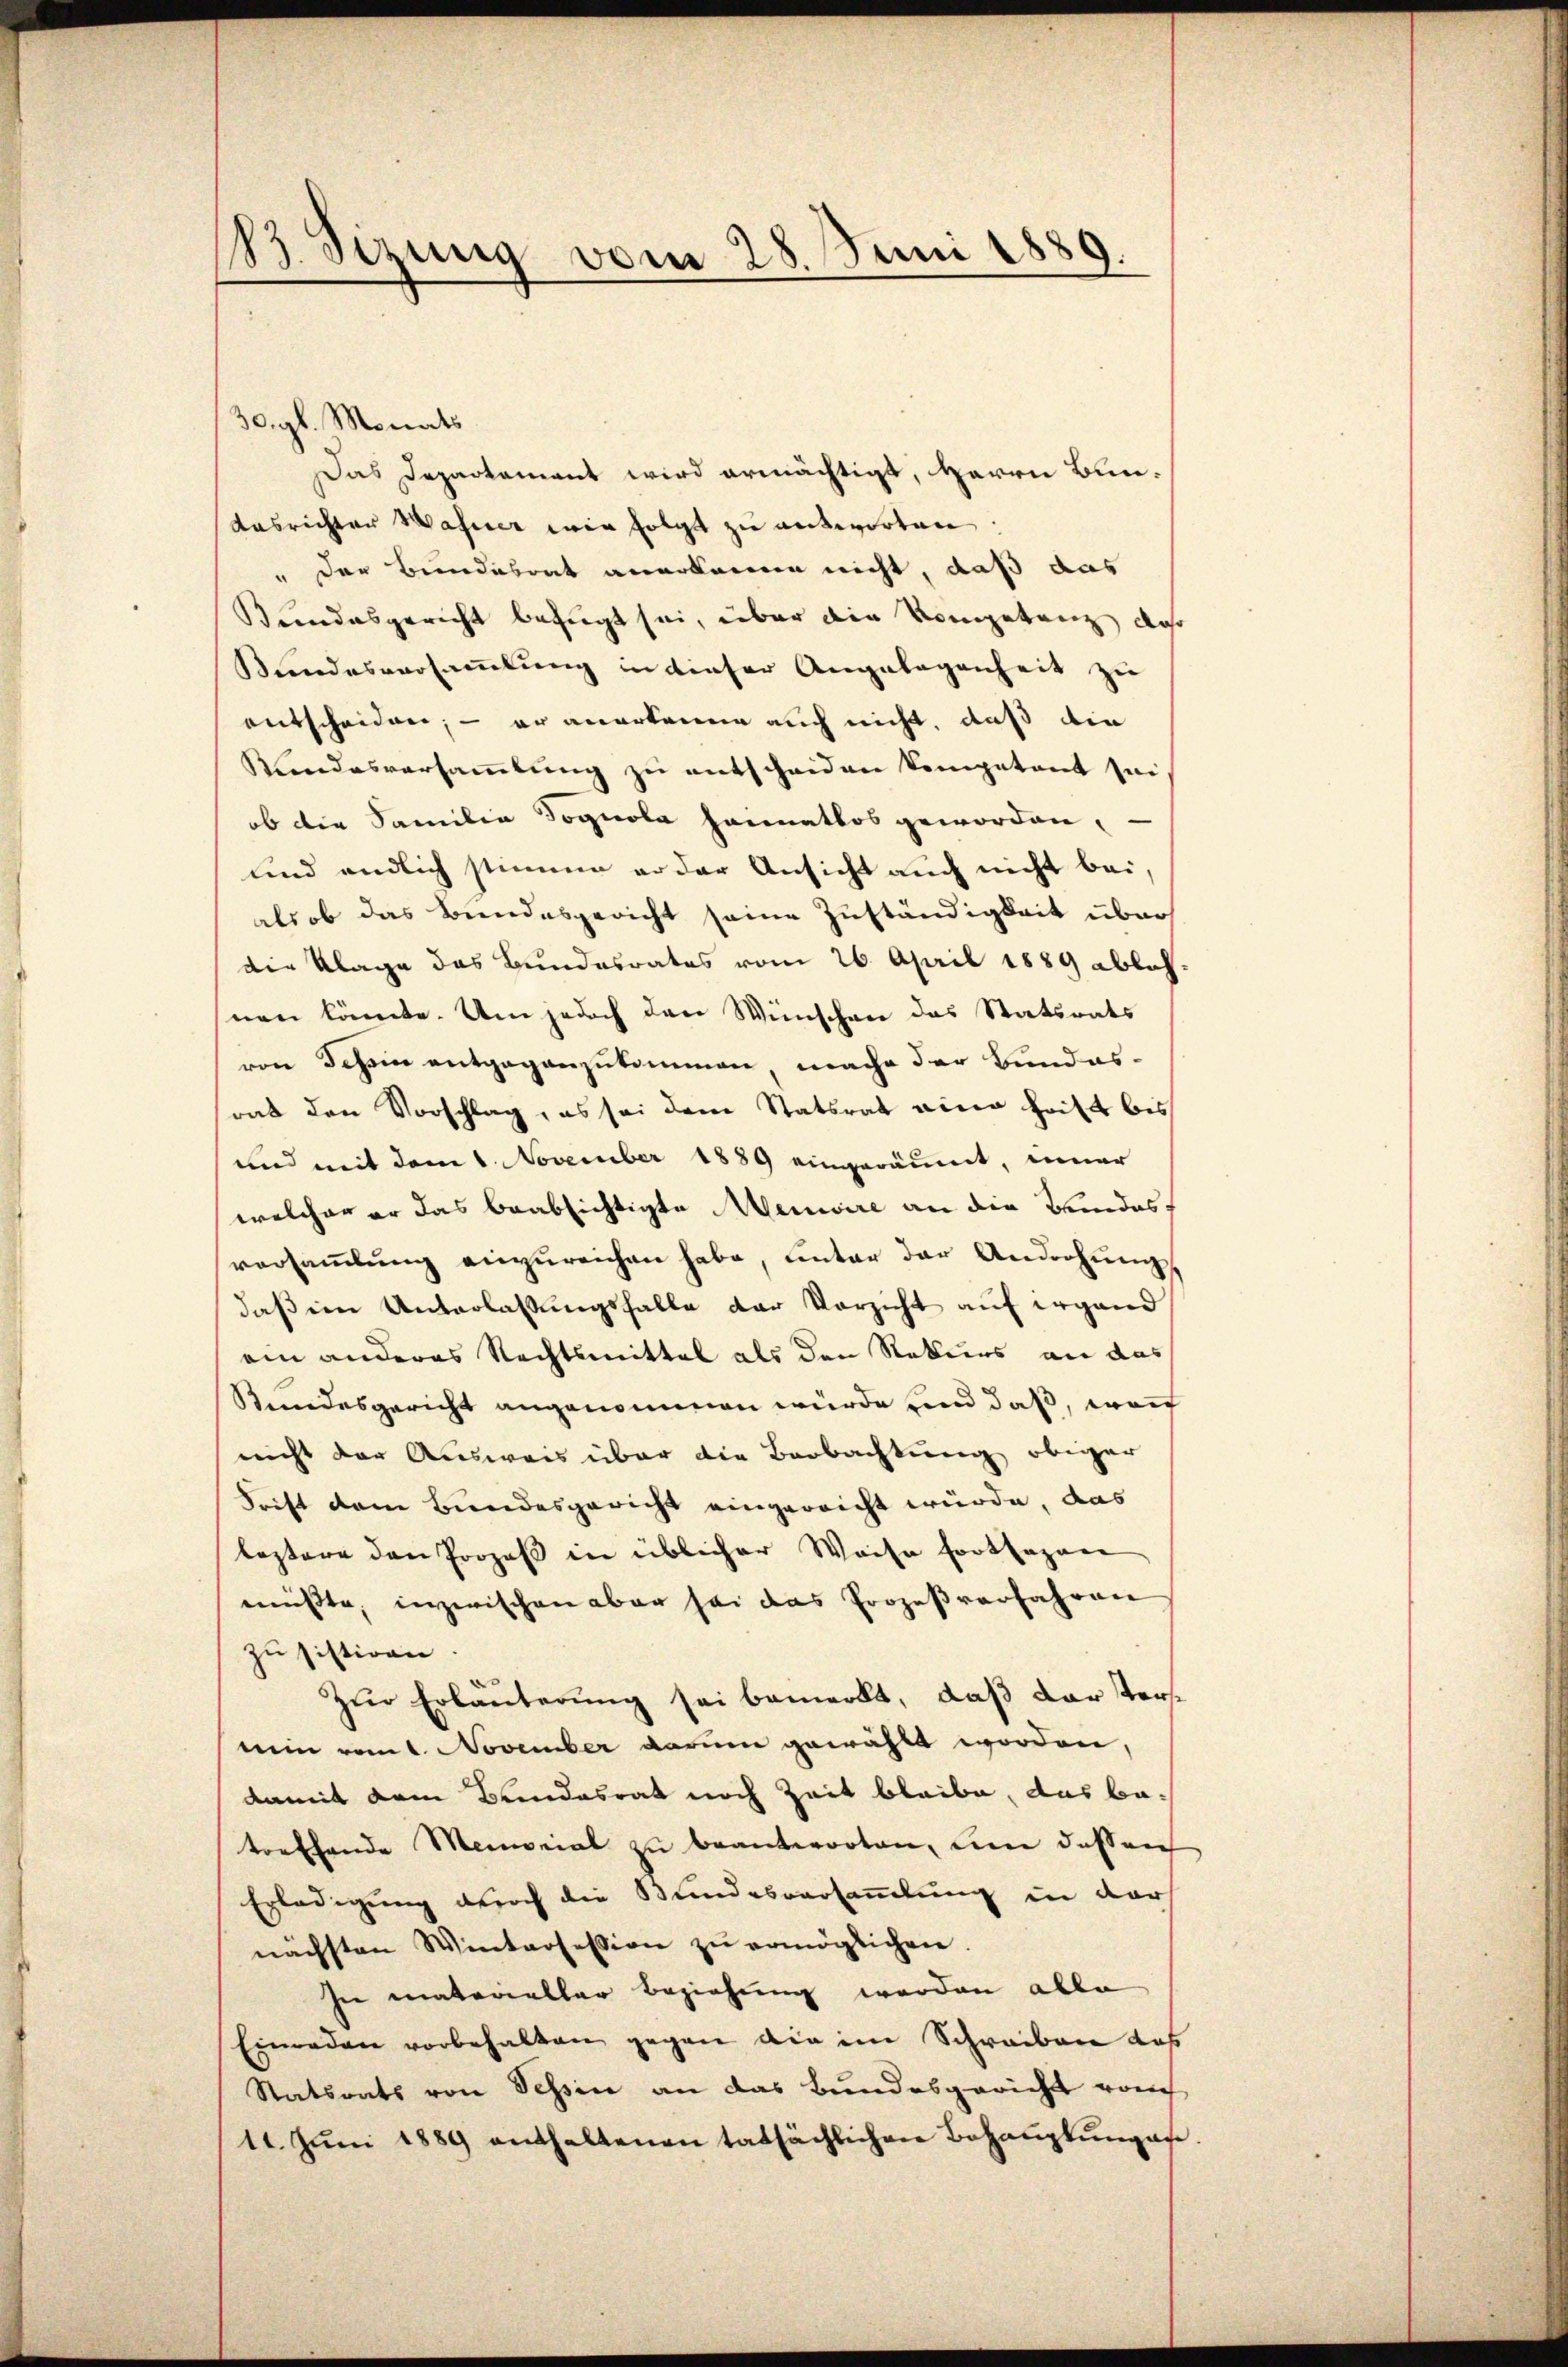
13. Sizung vom 28. Juni 1889.

30. gl. Monats
Das Departament wird ermächtigt, Herrn Bun¬
Ausrichter Wasner wie folgt zu antworten.
" der Bundesrat anerkanne nicht, daß das
Bundesgericht befugt sei, über die Kompetanz, daß
Bundesversammlung in dieser Angelegenheit zu
entscheiden; – er anerkenne auch nicht, daß die
Kundesversammlung zu entscheiden kompetent sei
ob die Familie Sognola heimatlos geworden,
und endlich stimme er der Ansicht auch nicht bei,
als ob das Bundesgericht seine Zuständigkeit über
die Klage das Bundesrates vom 26. April 1889 ablehnen könnte. Um jedoch den Wünschen das Statsrats
von Schein entgegenzukommen mache der Bundes-
rat den Vorschlag, es sei dem Statsrat eine heilt bis
und mit dem 1. November 1889 eingeräumt, einer
welcher er das beabsichtigte Mensire an die Kindesversaṁlŭng einzŭreichen habe, unter der Androhŭng
daß im Unterlassungsfalle der Vorsicht auf irgend
ein anderes Rechtsmittel als den Rekurs an das
Kundesgericht angenommen würde und daß, wor
nicht der Ausweis über die Beobachtung obiger
Frift dem Bundesgericht eingereicht würde, das
leztere den Prozeß in üblicher Weise fortfagen
müsste, inzwischen aber sei das Prozeßverfahren
zu sistiren.
Zur Erläuterung sei bemerkt, daß darstersnuin vom 1. November darum gewählt worden,
damit dem Bundesrat noch Zeit bleibe, das betorhande Memorial zu beantworten, um dessen
Erledigung durch die Bundesversammlung in der
nächsten Wintersession zŭ ermöglichen.
sie materieller Beziehung werden able
Einreden vorbehalten gegen die im Schreiben das
Statsrats von Tessin an das Bundesgericht rauch
11. Jŭni 1889 enthaltenen tatsächlichen Behaŭptŭngen.